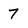
Character: 7